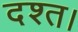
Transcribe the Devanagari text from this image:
दश्त।